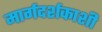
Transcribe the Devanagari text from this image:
मार्गदर्शकाशी